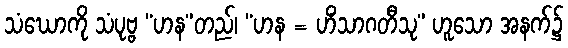
သံဃောကို သံပုဗ္ဗ “ဟန”တည်၊ “ဟန = ဟိံသာဂတီသု” ဟူသော အနက်၌